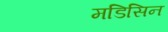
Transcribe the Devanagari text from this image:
मडिसिन